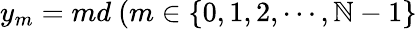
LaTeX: y_{m}=md~(m\in\{ 0,1,2,\cdots,\mathbb{N}-1\}